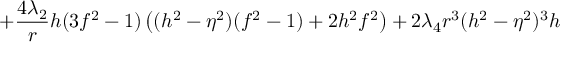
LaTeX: + \frac { 4 \lambda _ { 2 } } { r } h ( 3 f ^ { 2 } - 1 ) \left( ( h ^ { 2 } - \eta ^ { 2 } ) ( f ^ { 2 } - 1 ) + 2 h ^ { 2 } f ^ { 2 } \right) + 2 \lambda _ { 4 } r ^ { 3 } ( h ^ { 2 } - \eta ^ { 2 } ) ^ { 3 } h